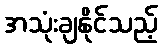
အသုံးချနိုင်သည့်